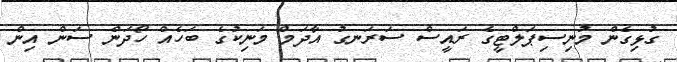
ގުޅިގެން މުނިސިޕަލްޓީގެ ރައީސް ސަރަނގު އާދަމް މަނިކުގެ ބަހެއް ހޯދަން ސަން އިން